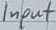
Text: Input